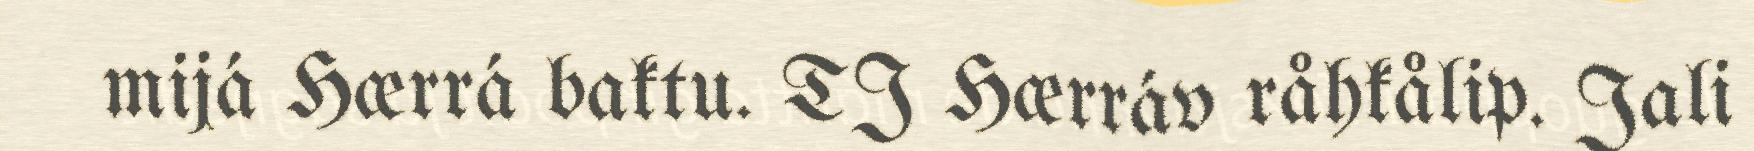
mijá Hærrá baktu. TJ Hærráv råhkålip. Jali